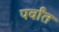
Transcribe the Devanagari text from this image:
पर्वांत